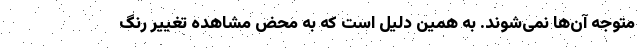
متوجه آن‌ها نمی‌شوند. به همین دلیل است که به محض مشاهده تغییر رنگ